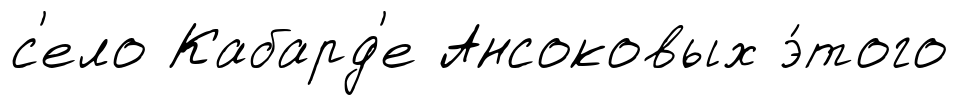
с'ело Кабард'е Ансоковых э́того